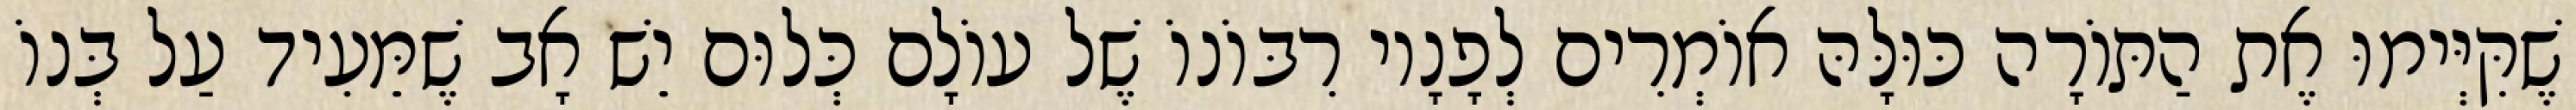
שֶׁקִּיְּימוּ אֶת הַתּוֹרָה כּוּלָּהּ אוֹמְרִים לְפָנָיו רִבּוֹנוֹ שֶׁל עוֹלָם כְּלוּם יֵשׁ אָב שֶׁמֵּעִיד עַל בְּנוֹ